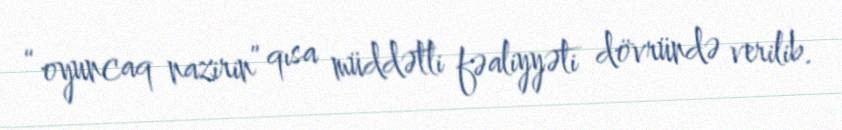
“oyuncaq nazirin” qısa müddətli fəaliyyəti dövründə verilib.